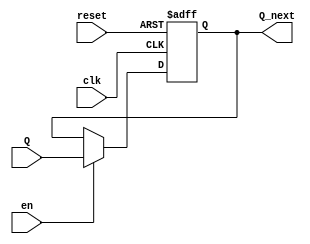
module DFF(clk,reset,en,Q,Q_next);
input clk,reset,en;
input Q;
output reg Q_next;
always @(posedge clk or negedge reset)
  if (~reset)
    Q_next <= 0;
  else if (en)
    Q_next <= Q;
endmodule
module controller(
  input clk, rst_n, en,done,
  output reg rd,
  output reg act
  );
wire [1:0]act_p;
wire rd_p;
reg data_in;  
always @(posedge clk)
begin
  data_in <= 1'b1;
  act <= act_p[1];
  if(done)
  rd <= 0;
  else
  rd <= rd_p;
  
end 
DFF  D1(clk,rst_n,en,data_in,rd_p);
DFF  D2(clk,rst_n,en,rd_p,act_p[0]);
DFF  D3(clk,rst_n,en,act_p[0],act_p[1]);
endmodule